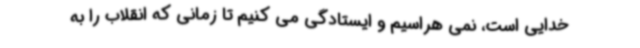
خدایی است، نمی هراسیم و ایستادگی می کنیم تا زمانی که انقلاب را به